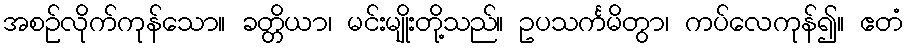
အစဉ်လိုက်ကုန်သော။ ခတ္တိယာ၊ မင်းမျိုးတို့သည်။ ဥပသင်္ကမိတွာ၊ ကပ်လေကုန်၍။ ဧတံ